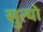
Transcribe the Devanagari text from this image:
सुत्यो